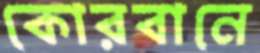
কোরবানে